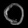
Digit: ၀